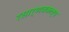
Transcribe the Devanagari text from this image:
रसार्णवकल्प